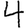
Digit: 4